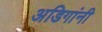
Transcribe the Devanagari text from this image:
अडिगांनी